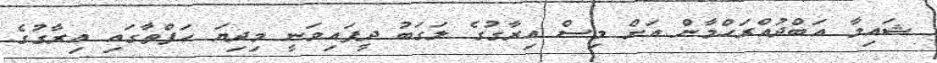
ޝައިމާ އަބްދުއްރަހްމާން އަށް މިސް އިރާގުގެ ލަގަބު ދީފައިވަނީ މިދިޔަ ހަފްތާގައި އިރާގުގެ